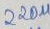
Text: 220µ